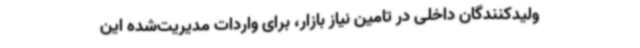
ولیدکنندگان داخلی در تامین نیاز بازار، برای واردات مدیریت‌شده این